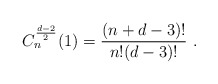
\begin{align*}C_n^{\frac{d-2}2}(1)=\frac{(n+d-3)!}{n!(d-3)!} \ .\end{align*}